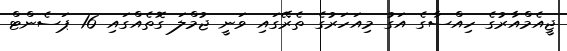
ޖީއެމްއާރުގެ ހިއްސާގެ އަގު މިއަހަރުގެ ތެރޭގައި ވަނީ ޖުމްލަ ގޮތެއްގައި 16 ޕަސެންޓް